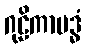
ဂုဠိကာဗဒ္ဓံ